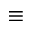
\equiv